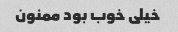
خیلى خوب بود ممنون